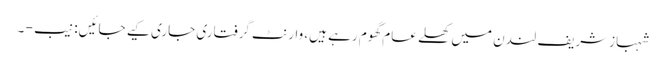
شہبازشریف لندن میں کھلے عام گھوم رہے ہیں، وارنٹ گرفتاری جاری کیے جائیں: نیب - ۔